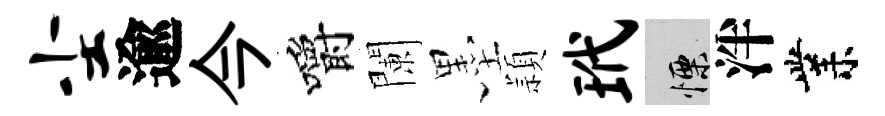
尘逾今嚼闌墨頴玳慄泮業